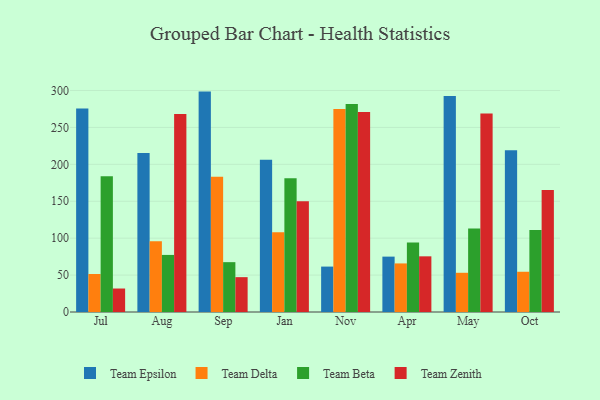
{"axis": {"x": "Month", "y": "Headcount"}, "legend": ["Team Beta", "Team Delta", "Team Epsilon", "Team Zenith"], "data": [{"x": "Jul", "y": 275.5, "type": "Team Epsilon"}, {"x": "Jul", "y": 51.5, "type": "Team Delta"}, {"x": "Jul", "y": 183.8, "type": "Team Beta"}, {"x": "Jul", "y": 31.8, "type": "Team Zenith"}, {"x": "Aug", "y": 215.3, "type": "Team Epsilon"}, {"x": "Aug", "y": 95.8, "type": "Team Delta"}, {"x": "Aug", "y": 77.3, "type": "Team Beta"}, {"x": "Aug", "y": 268.2, "type": "Team Zenith"}, {"x": "Sep", "y": 298.5, "type": "Team Epsilon"}, {"x": "Sep", "y": 183.1, "type": "Team Delta"}, {"x": "Sep", "y": 67.5, "type": "Team Beta"}, {"x": "Sep", "y": 47.2, "type": "Team Zenith"}, {"x": "Jan", "y": 206.2, "type": "Team Epsilon"}, {"x": "Jan", "y": 108.0, "type": "Team Delta"}, {"x": "Jan", "y": 181.0, "type": "Team Beta"}, {"x": "Jan", "y": 149.9, "type": "Team Zenith"}, {"x": "Nov", "y": 61.5, "type": "Team Epsilon"}, {"x": "Nov", "y": 274.8, "type": "Team Delta"}, {"x": "Nov", "y": 281.7, "type": "Team Beta"}, {"x": "Nov", "y": 271.0, "type": "Team Zenith"}, {"x": "Apr", "y": 75.0, "type": "Team Epsilon"}, {"x": "Apr", "y": 65.8, "type": "Team Delta"}, {"x": "Apr", "y": 94.2, "type": "Team Beta"}, {"x": "Apr", "y": 75.4, "type": "Team Zenith"}, {"x": "May", "y": 292.5, "type": "Team Epsilon"}, {"x": "May", "y": 53.1, "type": "Team Delta"}, {"x": "May", "y": 113.0, "type": "Team Beta"}, {"x": "May", "y": 268.8, "type": "Team Zenith"}, {"x": "Oct", "y": 219.1, "type": "Team Epsilon"}, {"x": "Oct", "y": 54.5, "type": "Team Delta"}, {"x": "Oct", "y": 110.9, "type": "Team Beta"}, {"x": "Oct", "y": 165.2, "type": "Team Zenith"}]}